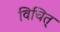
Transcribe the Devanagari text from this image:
विचित्